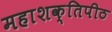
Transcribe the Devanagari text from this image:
महाशक्तिपीठ